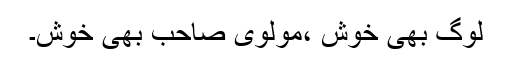
لوگ بھی خوش ،مولوی صاحب بھی خوش۔